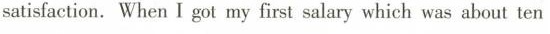
satisfaction, When I got my first salary which was about ten